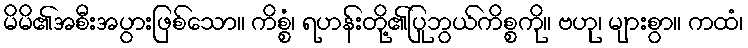
မိမိ၏အစီးအပွားဖြစ်သော။ ကိစ္စံ၊ ရဟန်းတို့၏ပြုဘွယ်ကိစ္စကို။ ဗဟု၊ များစွာ။ ကထံ၊